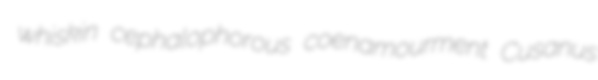
whiskin cephalophorous coenamourment Cusanus